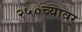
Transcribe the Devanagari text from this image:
२५०च्यावर